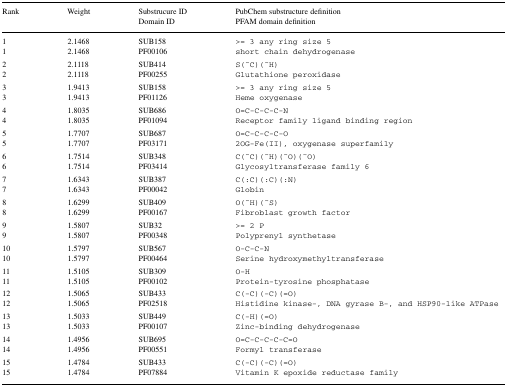
<table><thead><tr><td><b>Rank</b></td><td><b>Weight</b></td><td><b>Substrucure IDDomain ID</b></td><td><b>PubChem substructure definitionPFAM domain definition</b></td></tr></thead><tbody><tr><td>1</td><td>2.1468</td><td>SUB158</td><td>&gt;= 3 any ring size 5</td></tr><tr><td>1</td><td>2.1468</td><td>PF00106</td><td>short chain dehydrogenase</td></tr><tr><td>2</td><td>2.1118</td><td>SUB414</td><td>S(<sup>~</sup>C)(<sup>~</sup>H)</td></tr><tr><td>2</td><td>2.1118</td><td>PF00255</td><td>Glutathione peroxidase</td></tr><tr><td>3</td><td>1.9413</td><td>SUB158</td><td>&gt;= 3 any ring size 5</td></tr><tr><td>3</td><td>1.9413</td><td>PF01126</td><td>Heme oxygenase</td></tr><tr><td>4</td><td>1.8035</td><td>SUB686</td><td>O = C-C-C-C-N</td></tr><tr><td>4</td><td>1.8035</td><td>PF01094</td><td>Receptor family ligand binding region</td></tr><tr><td>5</td><td>1.7707</td><td>SUB687</td><td>O = C-C-C-C-O</td></tr><tr><td>5</td><td>1.7707</td><td>PF03171</td><td>2OG-Fe(II), oxygenase superfamily</td></tr><tr><td>6</td><td>1.7514</td><td>SUB348</td><td>C(<sup>~</sup>C)(<sup>~</sup>H)(<sup>~</sup>O)(<sup>~</sup>O)</td></tr><tr><td>6</td><td>1.7514</td><td>PF03414</td><td>Glycosyltransferase family 6</td></tr><tr><td>7</td><td>1.6343</td><td>SUB387</td><td>C(:C)(:C)(:N)</td></tr><tr><td>7</td><td>1.6343</td><td>PF00042</td><td>Globin</td></tr><tr><td>8</td><td>1.6299</td><td>SUB409</td><td>O(<sup>~</sup>H)(<sup>~</sup>S)</td></tr><tr><td>8</td><td>1.6299</td><td>PF00167</td><td>Fibroblast growth factor</td></tr><tr><td>9</td><td>1.5807</td><td>SUB32</td><td>&gt;= 2 P</td></tr><tr><td>9</td><td>1.5807</td><td>PF00348</td><td>Polyprenyl synthetase</td></tr><tr><td>10</td><td>1.5797</td><td>SUB567</td><td>O-C-C-N</td></tr><tr><td>10</td><td>1.5797</td><td>PF00464</td><td>Serine hydroxymethyltransferase</td></tr><tr><td>11</td><td>1.5105</td><td>SUB309</td><td>O-H</td></tr><tr><td>11</td><td>1.5105</td><td>PF00102</td><td>Protein-tyrosine phosphatase</td></tr><tr><td>12</td><td>1.5065</td><td>SUB433</td><td>C(-C)(-C)(= O)</td></tr><tr><td>12</td><td>1.5065</td><td>PF02518</td><td>Histidine kinase-, DNA gyrase B-, and HSP90-like ATPase</td></tr><tr><td>13</td><td>1.5033</td><td>SUB449</td><td>C(-H)(= O)</td></tr><tr><td>13</td><td>1.5033</td><td>PF00107</td><td>Zinc-binding dehydrogenase</td></tr><tr><td>14</td><td>1.4956</td><td>SUB695</td><td>O = C-C-C-C-C = O</td></tr><tr><td>14</td><td>1.4956</td><td>PF00551</td><td>Formyl transferase</td></tr><tr><td>15</td><td>1.4784</td><td>SUB433</td><td>C(-C)(-C)(= O)</td></tr><tr><td>15</td><td>1.4784</td><td>PF07884</td><td>Vitamin K epoxide reductase family</td></tr></tbody></table>